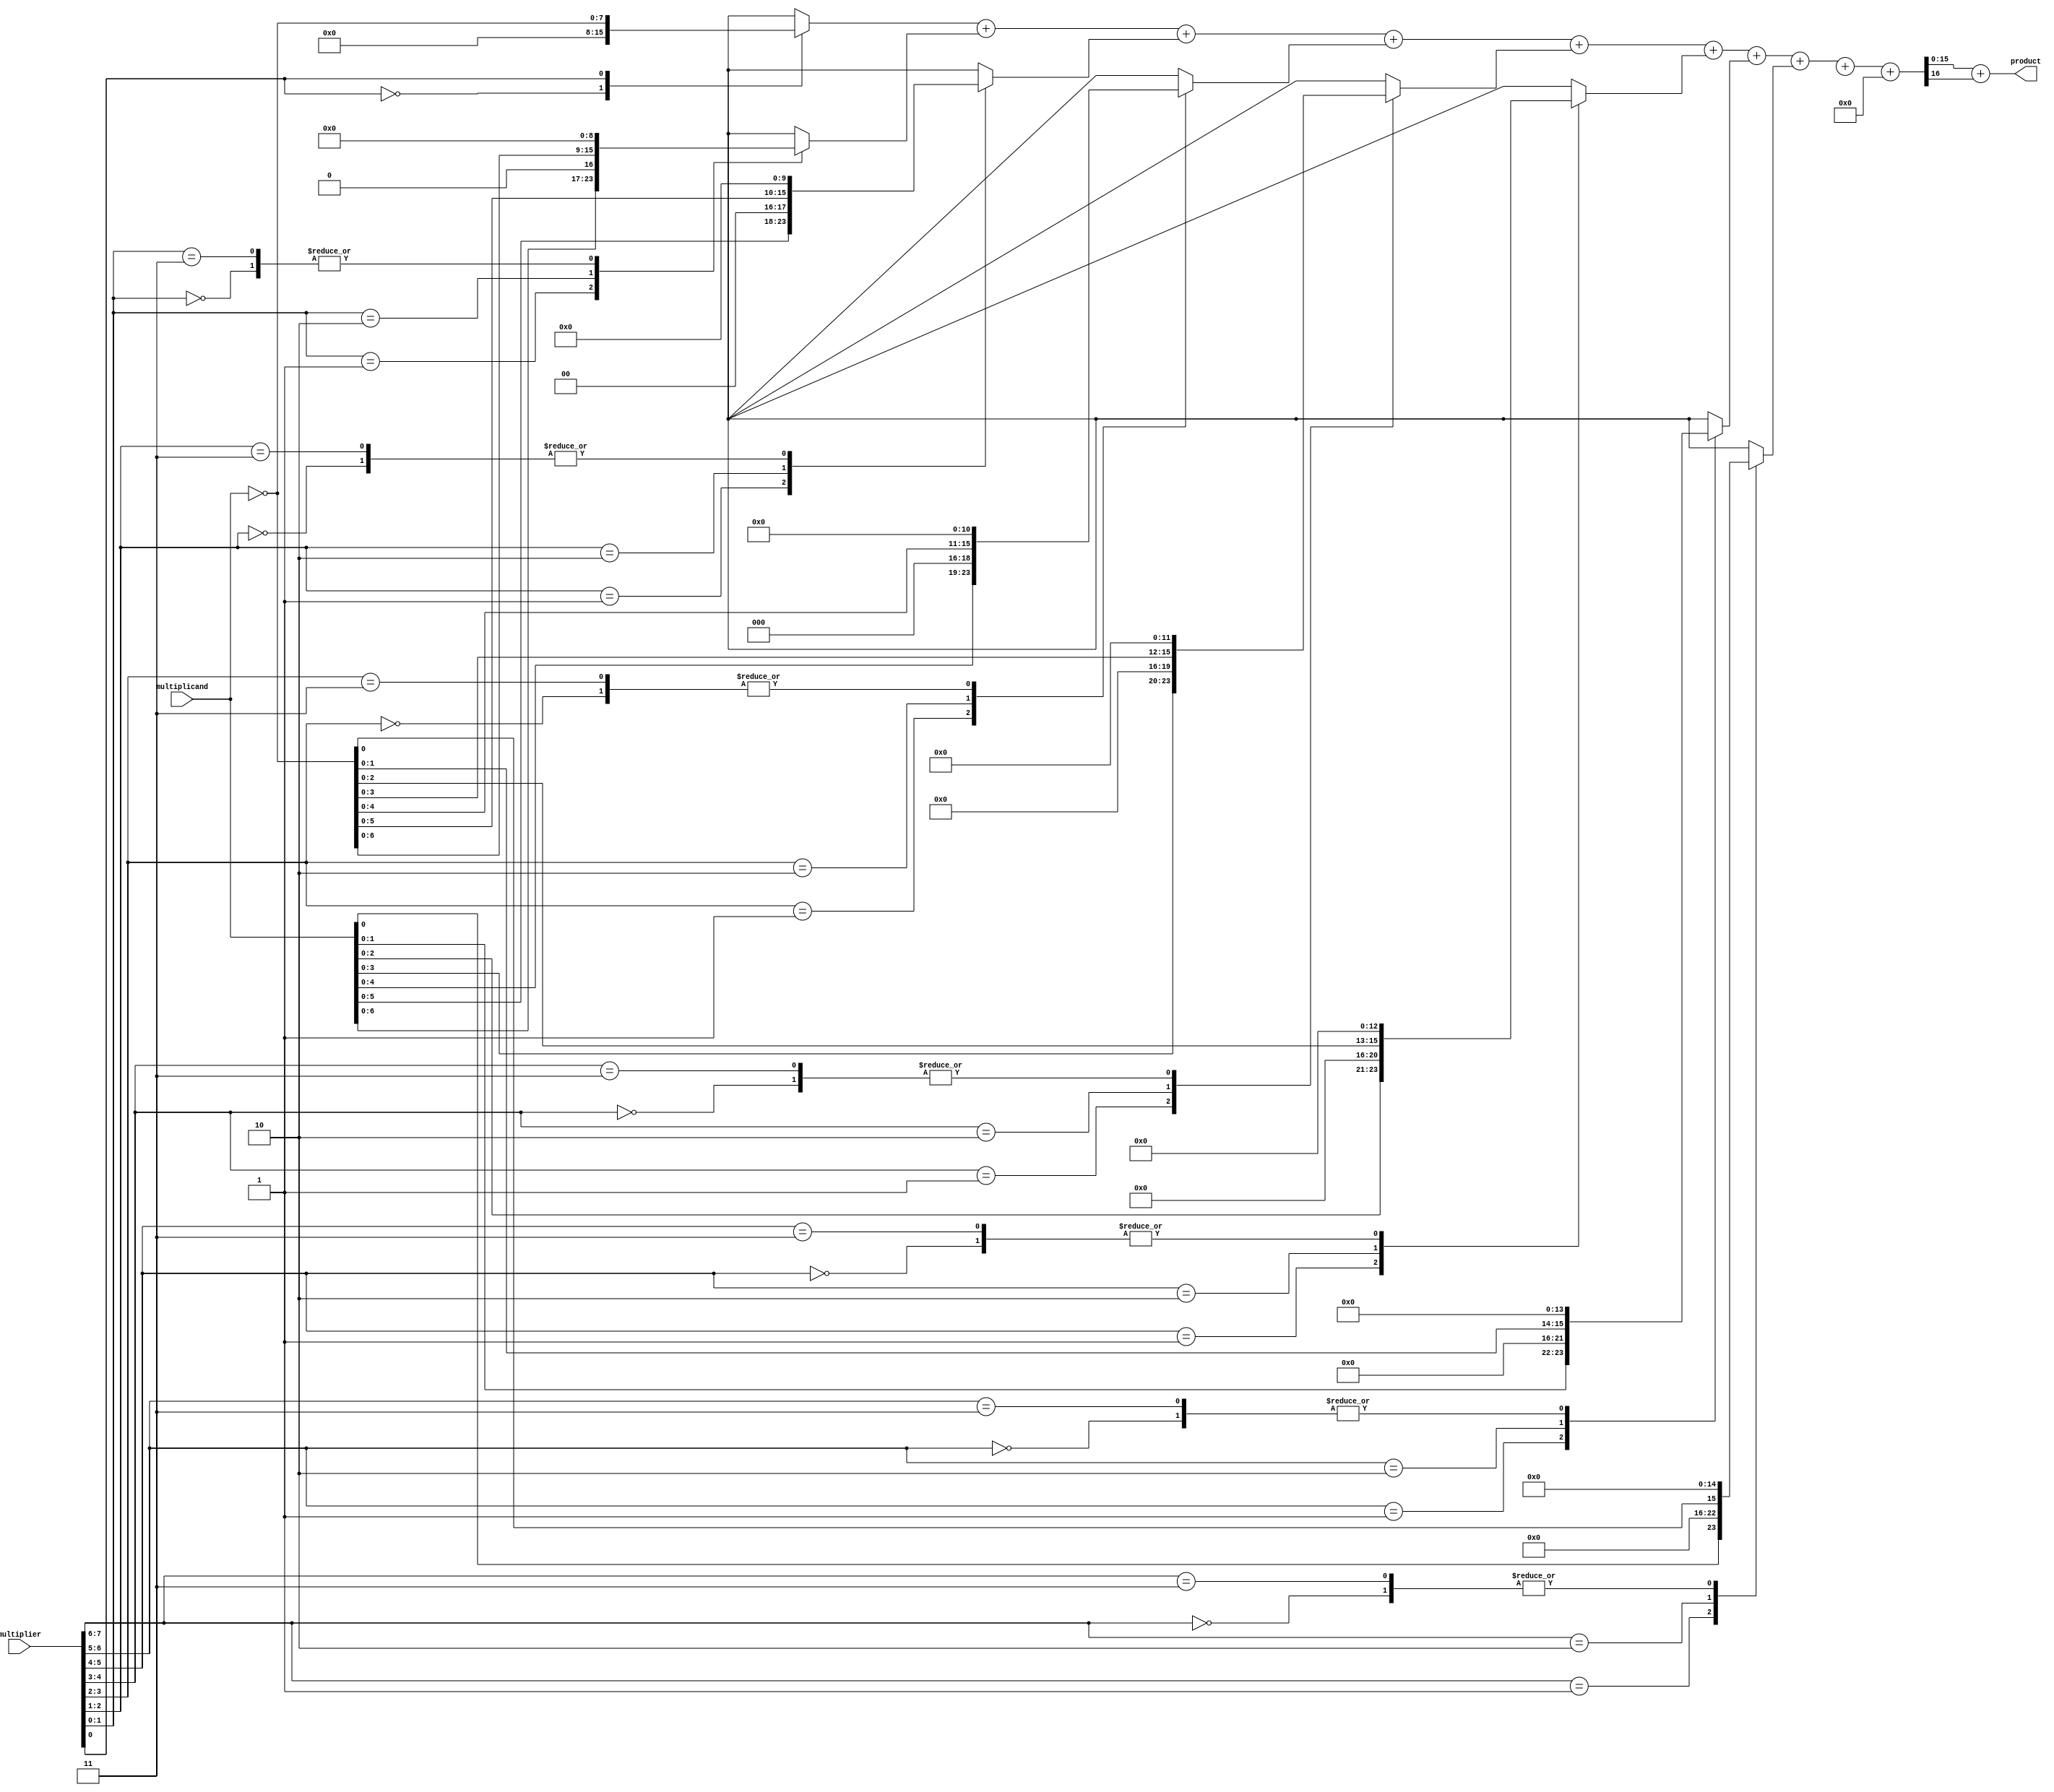
module booth_wallace_multiplier #(
    parameter WIDTH = 8 // Bit width for operands
)(
    input signed [WIDTH-1:0] multiplicand,
    input signed [WIDTH-1:0] multiplier,
    output signed [(2*WIDTH)-1:0] product
);

    // Booth encoding logic
    reg [WIDTH+1:0] booth_encoded_multiplier;
    reg [WIDTH-1:0] partial_products [(2*WIDTH):0];
    integer i;

    // Generate Booth encoded multiplier
    always @(*) begin
        booth_encoded_multiplier = {multiplier[WIDTH-1], multiplier, 1'b0}; // Append a zero
        for (i = 0; i < WIDTH; i = i + 1) begin
            case (booth_encoded_multiplier[i+1:i])
                2'b00: partial_products[i] = 0;
                2'b01: partial_products[i] = multiplicand << i; // + multiplicand
                2'b10: partial_products[i] = ~multiplicand << i; // - multiplicand
                2'b11: partial_products[i] = 0; // No addition
            endcase
        end
    end

    // Wallace tree reduction
    wire [2*WIDTH-1:0] sum [0:WIDTH-1];
    wire [2*WIDTH-1:0] carry [0:WIDTH-1];

    generate
        genvar j;
        for (j = 0; j < WIDTH; j = j + 1) begin: reduction_stage
            if (j == 0) begin
                assign {carry[j], sum[j]} = partial_products[0] + partial_products[1];
            end else begin
                assign {carry[j], sum[j]} = sum[j-1] + partial_products[j+1];
            end
        end
    endgenerate

    // Final addition
    wire [2*WIDTH-1:0] final_sum;
    wire [2*WIDTH-1:0] final_carry;
    assign {final_carry, final_sum} = sum[WIDTH-1] + carry[WIDTH-1];

    // Assign final product
    assign product = final_sum + final_carry;

endmodule